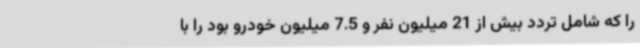
را که شامل تردد بیش از 21 میلیون نفر و 7.5 میلیون خودرو بود را با